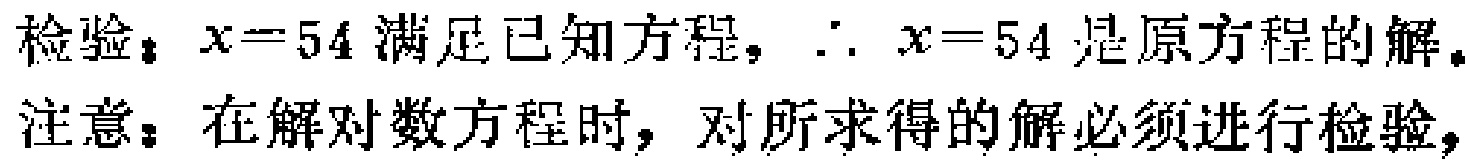
检验：$x = 54$ 满足已知方程，$\therefore\ x = 54$ 是原方程的解。
注意：在解对数方程时，对所求得的解必须进行检验，